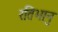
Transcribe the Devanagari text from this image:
रतिभानु